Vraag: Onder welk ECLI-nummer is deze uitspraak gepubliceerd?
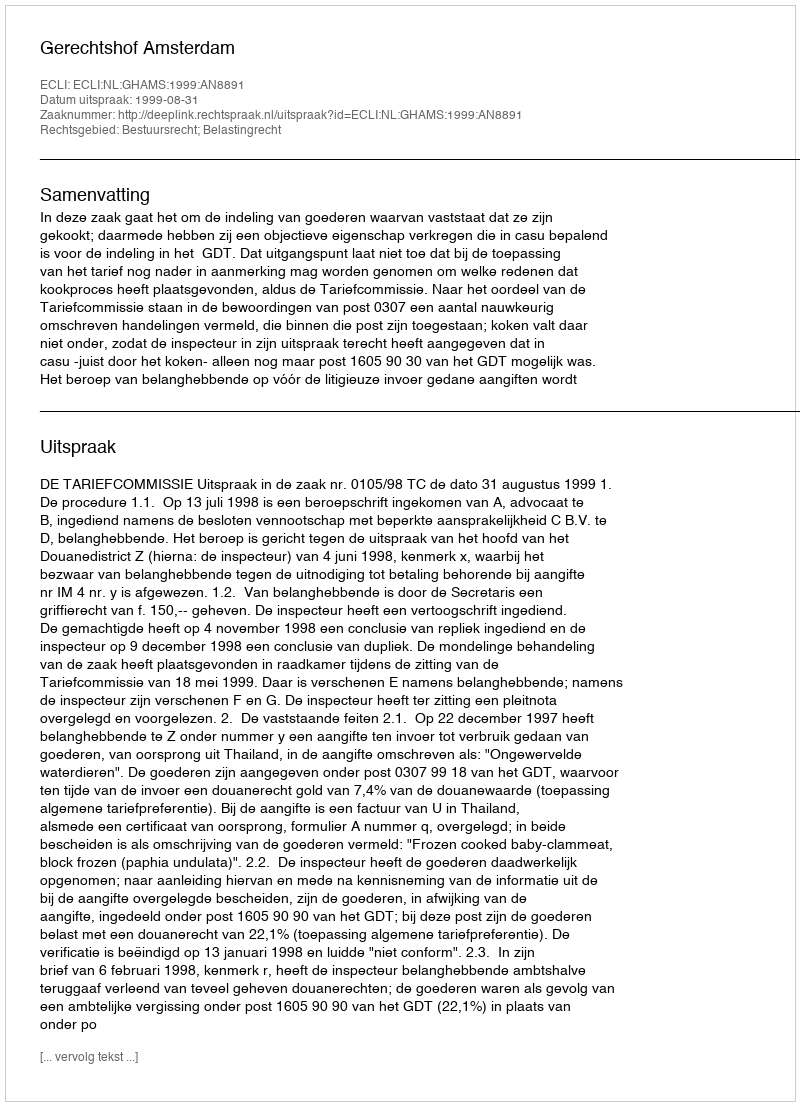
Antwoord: ECLI:NL:GHAMS:1999:AN8891